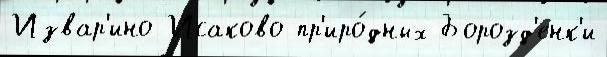
Извар'ино Исаково пр'иро́дных Борозд'енк'и